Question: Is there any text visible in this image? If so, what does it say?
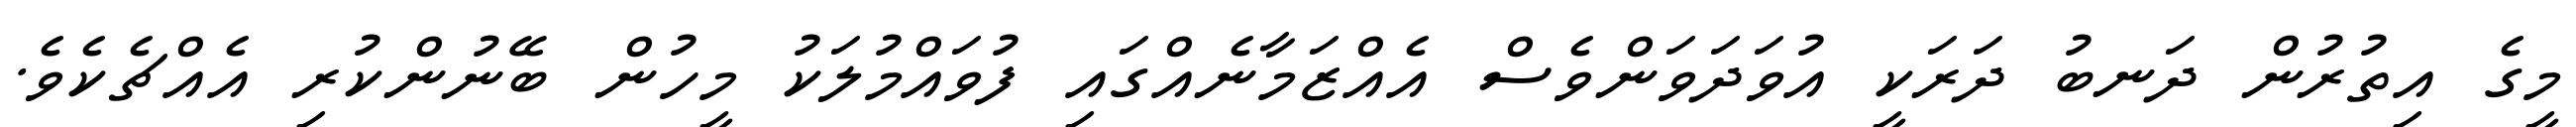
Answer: މީގެ އިތުރުން ދަނބު ދަރަކީ އުވަދަވަންވެސް އެއްޒަމާނެއްގައި ފުވައްމުލަކު މީހުން ބޭނުންކުރި އެއްޗެކެވެ.